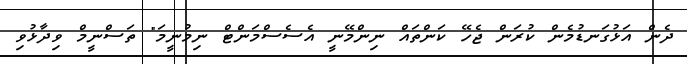
ދެން އަޅުގަނޑުމެން ކުރަން ޖެހޭ ކަންތައް ނިންމޭނީ އެސެސްމަންޓް ނިމުނީމަ" ތަސްނީމް ވިދާޅުވި